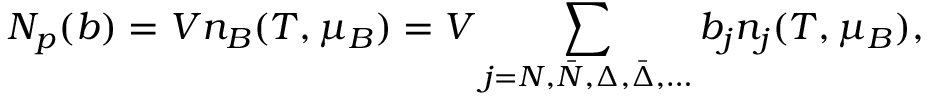
N _ { p } ( b ) = V n _ { B } ( T , \mu _ { B } ) = V \sum _ { j = N , \bar { N } , \Delta , \bar { \Delta } , \dots } b _ { j } n _ { j } ( T , \mu _ { B } ) ,